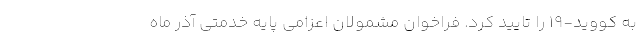
به کووید-۱۹ را تایید کرد. فراخوان مشمولان اعزامی پایه خدمتی آذر ماه